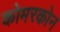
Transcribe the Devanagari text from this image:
कोमरकोन